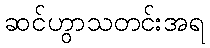
ဆင်ဟွာသတင်းအရ